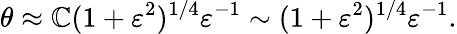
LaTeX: \theta\approx\mathbb{C}(1+\varepsilon^{2})^{1/4}\varepsilon^{-1}\sim(1+\varepsilon^{2})^{1/4}\varepsilon^{-1}.